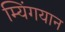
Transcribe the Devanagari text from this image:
म्यिंगयान